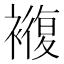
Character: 𮖵